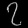
Digit: ၇